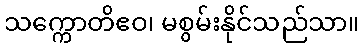
သက္ကောတိဧဝ၊ မစွမ်းနိုင်သည်သာ။